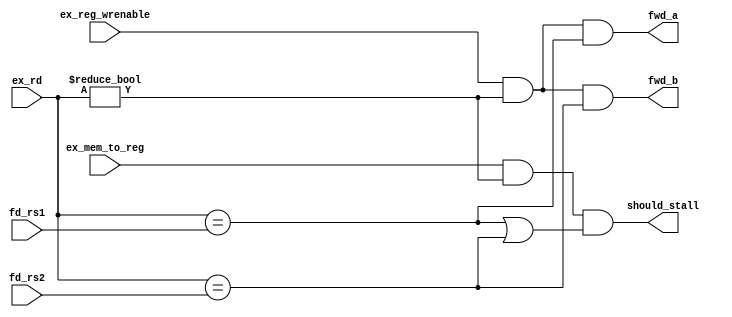
module hazard_unit(input [4:0] fd_rs1,
						  input [4:0] fd_rs2,
						  input [4:0] ex_rd,
						  input ex_reg_wrenable,
						  input ex_mem_to_reg,
						  output fwd_a,
						  output fwd_b,
						  output should_stall);
						  
assign fwd_a = (ex_reg_wrenable && ex_rd != 5'd0 && ex_rd == fd_rs1);
assign fwd_b = (ex_reg_wrenable && ex_rd != 5'd0 && ex_rd == fd_rs2);

assign should_stall = ((ex_mem_to_reg == 1'b1) && (ex_rd != 5'd0) && ((ex_rd == fd_rs1) || (ex_rd == fd_rs2)));

endmodule